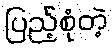
ပြည့်စုံတဲ့